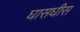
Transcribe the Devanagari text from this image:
घासघीस